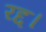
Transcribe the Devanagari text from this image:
रद्द।